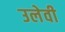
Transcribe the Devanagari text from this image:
उलेवी